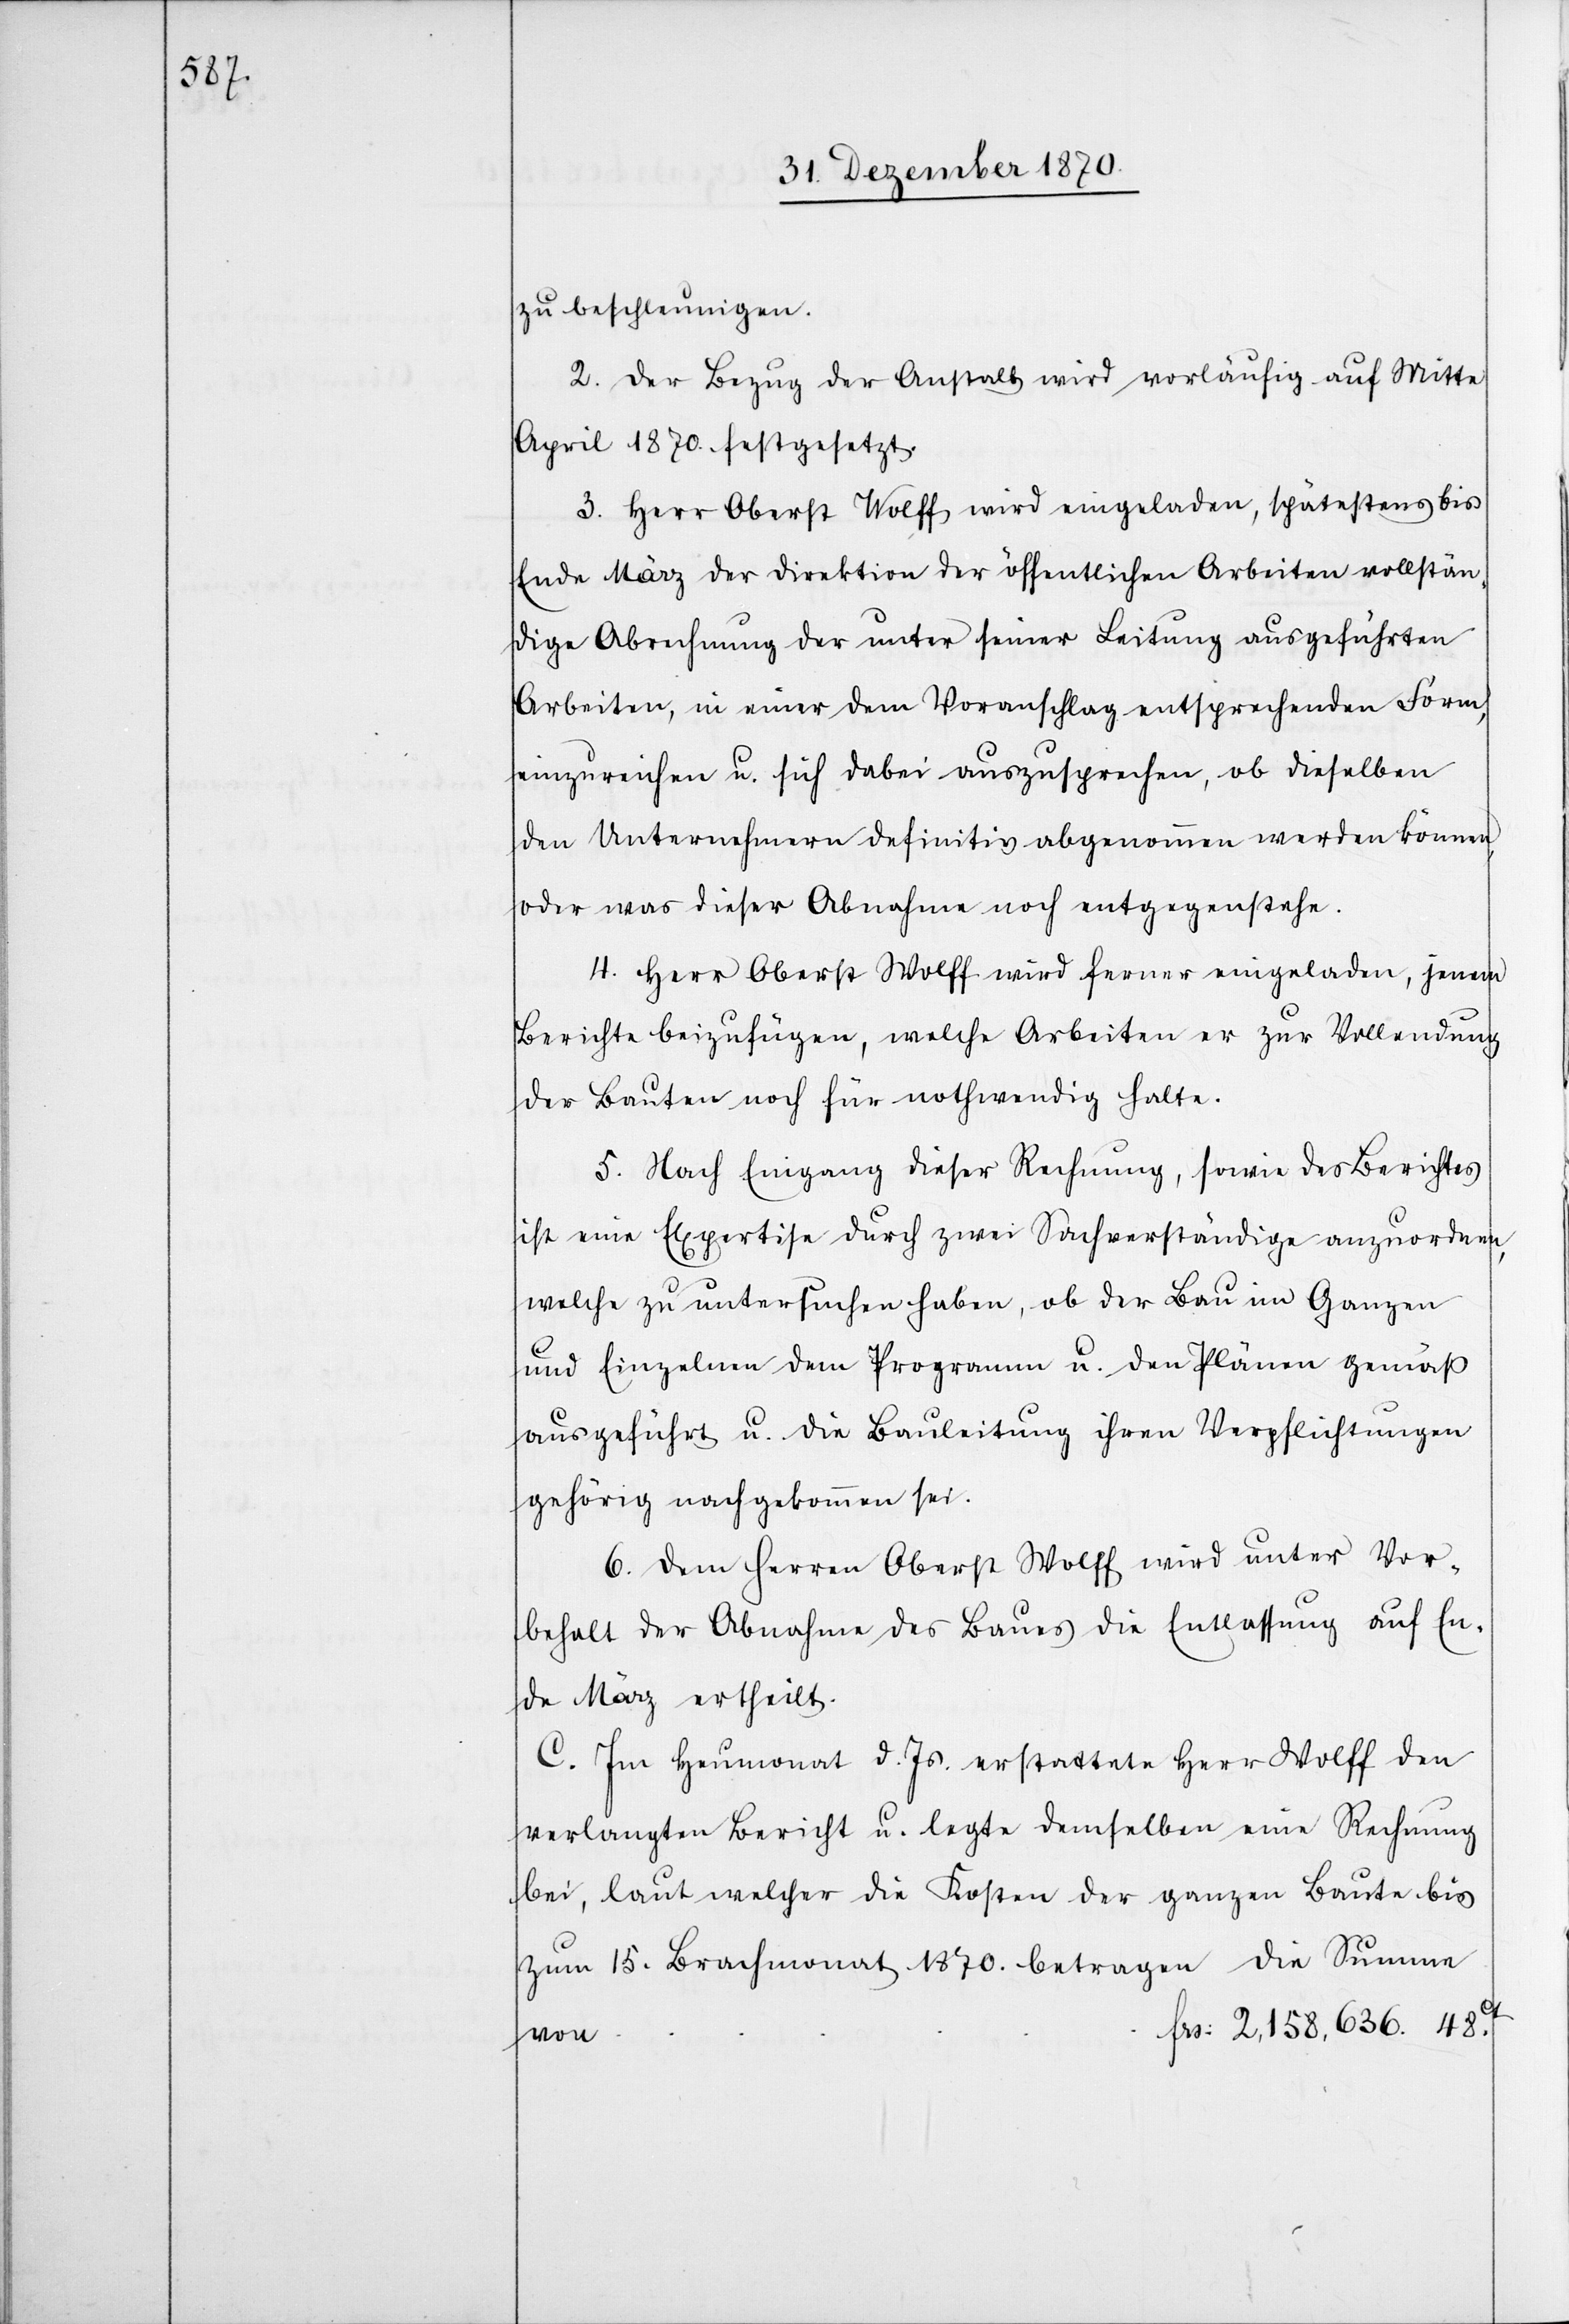
zu beschleunigen.
2. Der Bezug der Anstalt wird vorläufig auf Mitte
April 1870. festgesetzt.
3. Herr Oberst Wolff wird eingeladen, spätestens bis
Ende März der Direktion der öffentlichen Arbeiten vollstän¬
dige Abrechnung der unter seiner Leitung ausgeführten
Arbeiten in einer dem Voranschlag entsprechenden Form,
einzureichen u. sich dabei auszusprechen, ob dieselben
den Unternehmern definitiv abgenommen werden können,
oder was dieser Abnahme noch entgegenstehe.
4. Herr Oberst Wolff wird ferner eingeladen, jenem
Berichte beizufügen, welche Arbeiten er zur Vollendung
der Bauten noch für nothwendig halte.
5. Nach Eingang dieser Rechnung, sowie des Berichtes
ist eine Expertise durch zwei Sachverständige anzuordnen,
welche zu untersuchen haben, ob der Bau im Ganzen
und Einzelnen dem Programm u. den Plänen gemäß
ausgeführt u. die Bauleitung ihren Verpflichtungen
gehörig nachgekommen sei.
6. Dem Herren Oberst Wolff wird unter Vor¬
behalt der Abnahme des Baues die Entlassung auf En¬
de März ertheilt.
C. Im Heumonat d. Js. erstattete Herr Wolff den
verlangten Bericht u. legte demselben eine Rechnung
bei, laut welcher die Kosten der ganzen Baute bis
zum 15. Brachmonat 1870. betragen die Summe
Frs: 2,158,636. 48Ct.
von